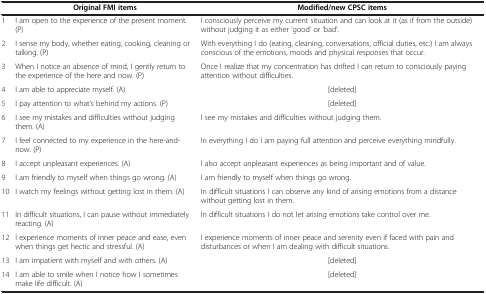
<table><thead><tr><td><b> </b></td><td><b>Original FMI items</b></td><td><b>Modified/new CPSC items</b></td></tr></thead><tbody><tr><td>1</td><td>I am open to the experience of the present moment. (P)</td><td>I consciously perceive my current situation and can look at it (as if from the outside) without judging it as either &#x27;good&#x27; or &#x27;bad&#x27;.</td></tr><tr><td>2</td><td>I sense my body, whether eating, cooking, cleaning or talking. (P)</td><td>With everything I do (eating, cleaning, conversations, official duties, etc.) I am always conscious of the emotions, moods and physical responses that occur.</td></tr><tr><td>3</td><td>When I notice an absence of mind, I gently return to the experience of the here and now. (P)</td><td>Once I realize that my concentration has drifted I can return to consciously paying attention without difficulties.</td></tr><tr><td>4</td><td>I am able to appreciate myself. (A)</td><td>[deleted]</td></tr><tr><td>5</td><td>I pay attention to what’s behind my actions. (P)</td><td>[deleted]</td></tr><tr><td>6</td><td>I see my mistakes and difficulties without judging them. (A)</td><td>I see my mistakes and difficulties without judging them.</td></tr><tr><td>7</td><td>I feel connected to my experience in the here-and-now. (P)</td><td>In everything I do I am paying full attention and perceive everything mindfully.</td></tr><tr><td>8</td><td>I accept unpleasant experiences. (A)</td><td>I also accept unpleasant experiences as being important and of value.</td></tr><tr><td>9</td><td>I am friendly to myself when things go wrong. (A)</td><td>I am friendly to myself when things go wrong.</td></tr><tr><td>10</td><td>I watch my feelings without getting lost in them. (A)</td><td>In difficult situations I can observe any kind of arising emotions from a distance without getting lost in them.</td></tr><tr><td>11</td><td>In difficult situations, I can pause without immediately reacting. (A)</td><td>In difficult situations I do not let arising emotions take control over me.</td></tr><tr><td>12</td><td>I experience moments of inner peace and ease, even when things get hectic and stressful. (A)</td><td>I experience moments of inner peace and serenity even if faced with pain and disturbances or when I am dealing with difficult situations.</td></tr><tr><td>13</td><td>I am impatient with myself and with others. (A)</td><td>[deleted]</td></tr><tr><td>14</td><td>I am able to smile when I notice how I sometimes make life difficult. (A)</td><td>[deleted]</td></tr></tbody></table>